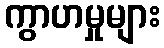
ကွာဟမှုများ